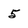
Character: 5